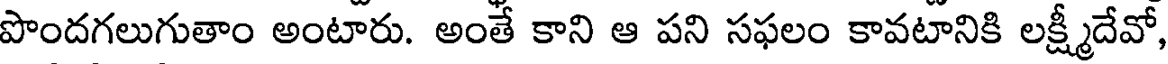
పొందగలుగుతాం అంటారు. అంతే కాని ఆ పని సఫలం కావటానికి లక్ష్మీదేవో,